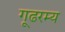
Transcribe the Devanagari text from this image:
गूढरम्य